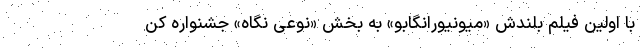
با اولین فیلم بلندش «میونیورانگابو» به بخش «نوعی نگاه» جشنواره کن